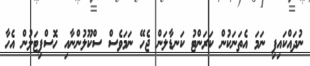
ނުދައްކައިފި ނަމަ އެތަނަކުން ކަރަންޓު ކަނޑާލަން ޖެހޭ ނަމަވެސް ސްކޫލުންނާއި ހޮސްޕިޓަލުން އެހާ